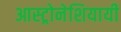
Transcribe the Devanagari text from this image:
आस्ट्रोनेशियायी